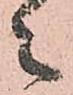
々